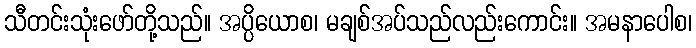
သီတင်းသုံးဖော်တို့သည်။ အပ္ပိယောစ၊ မချစ်အပ်သည်လည်းကောင်း။ အမနာပေါစ၊